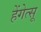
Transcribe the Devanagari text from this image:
हेंगेत्सू